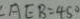
\angle A E B = 4 5 ^ { \circ }